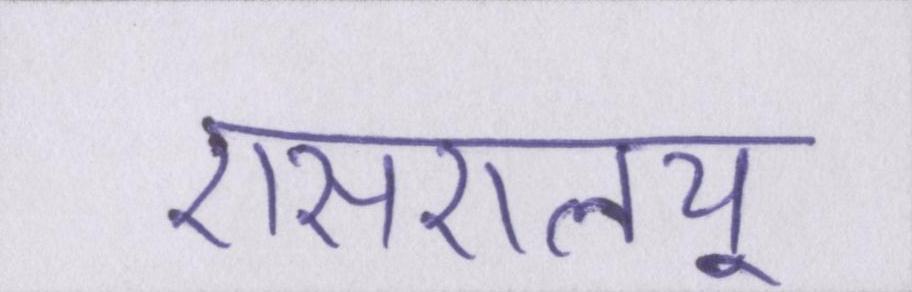
एसएलयू